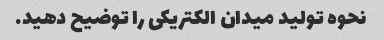
نحوه تولید میدان الکتریکی را توضیح دهید.